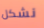
نشكل